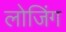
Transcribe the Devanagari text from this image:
लोजिंग